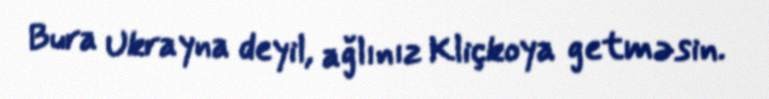
Bura Ukrayna deyil, ağlınız Kliçkoya getməsin.